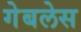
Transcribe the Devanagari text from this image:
गेबलेस